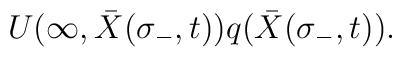
U(\infty, {\bar X}(\sigma_{-},t)) q({\bar  X}(\sigma_{-},t)).